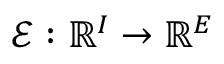
\mathcal { E } : \mathbb { R } ^ { I } \rightarrow \mathbb { R } ^ { E }